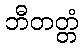
ဘီတတ္တံ